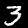
Digit: 3